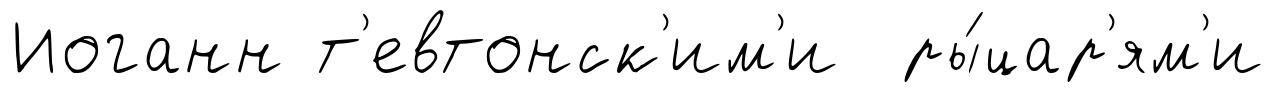
Иоганн т'евтонск'им'и ры́цар'ям'и